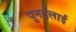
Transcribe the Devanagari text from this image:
पुनर्ढ़लाई